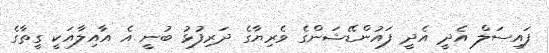
ފައިސަލް އެދީ އެދީ ފައުންޑޭޝަންގެ ވެރިޔާގެ ދަރިފުޅު ބުނީ އެ އާއިލާއަކީ ގީތާގެ